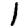
Digit: 1